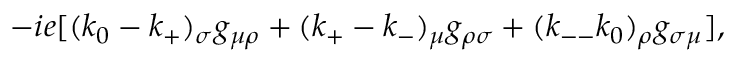
\displaystyle - i e [ ( k _ { 0 } - k _ { + } ) _ { \sigma } g _ { \mu \rho } + ( k _ { + } - k _ { - } ) _ { \mu } g _ { \rho \sigma } + ( k _ { -- } k _ { 0 } ) _ { \rho } g _ { \sigma \mu } ] ,